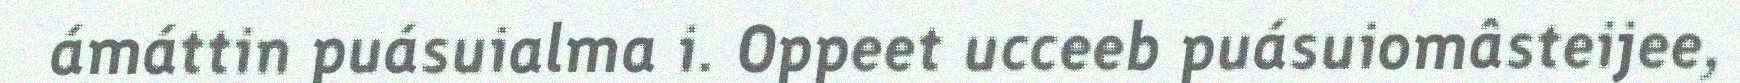
ámáttin puásuialma i. Oppeet ucceeb puásuiomâsteijee,